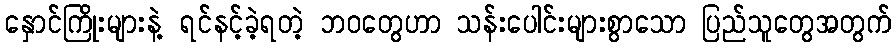
နှောင်ကြိုးများနဲ့ ရင်နင့်ခဲ့ရတဲ့ ဘဝတွေဟာ သန်းပေါင်းများစွာသော ပြည်သူတွေအတွက်